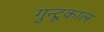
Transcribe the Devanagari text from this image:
गुन्टूकाल